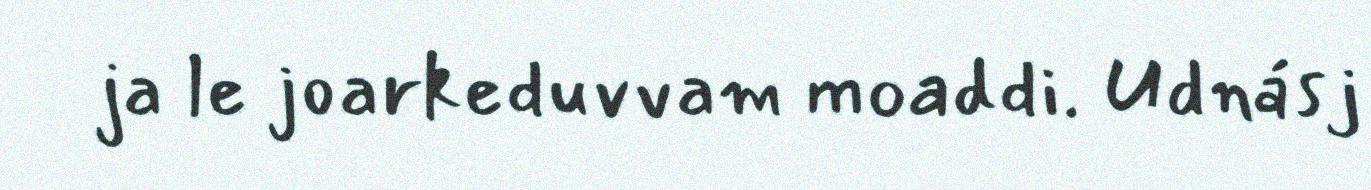
ja le joarkeduvvam moaddi. Udnásj